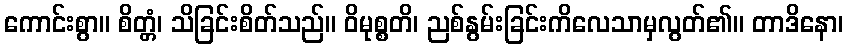
ကောင်းစွာ။ စိတ္တံ၊ သိခြင်းစိတ်သည်။ ဝိမုစ္စတိ၊ ညစ်နွမ်းခြင်းကိလေသာမှလွတ်၏။ တာဒိနော၊